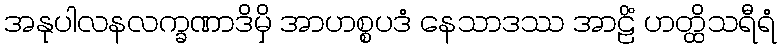
အနုပါလနလက္ခဏာဒိမှိ အာဟစ္စပဒံ နေသာဒဿ အာဠိံ ဟတ္ထိသရီရံ